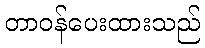
တာဝန်ပေးထားသည်